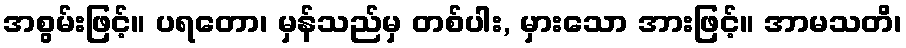
အစွမ်းဖြင့်။ ပရတော၊ မှန်သည်မှ တစ်ပါး, မှားသော အားဖြင့်။ အာမသတိ၊